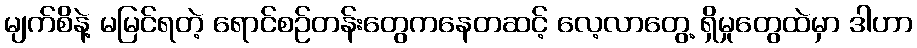
မျက်စိနဲ့ မမြင်ရတဲ့ ရောင်စဉ်တန်းတွေကနေတဆင့် လေ့လာတွေ့ ရှိမှုတွေထဲမှာ ဒါဟာ